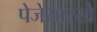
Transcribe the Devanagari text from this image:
पेजेसारखे